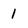
Character: 1